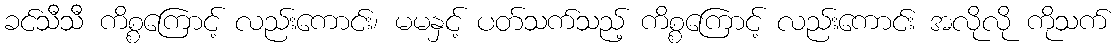
ခင်သီသီ ကိစ္စကြောင့် လည်းကောင်း၊ မမနှင့် ပတ်သက်သည့် ကိစ္စကြောင့် လည်းကောင်း အလိုလို ကိုသက်